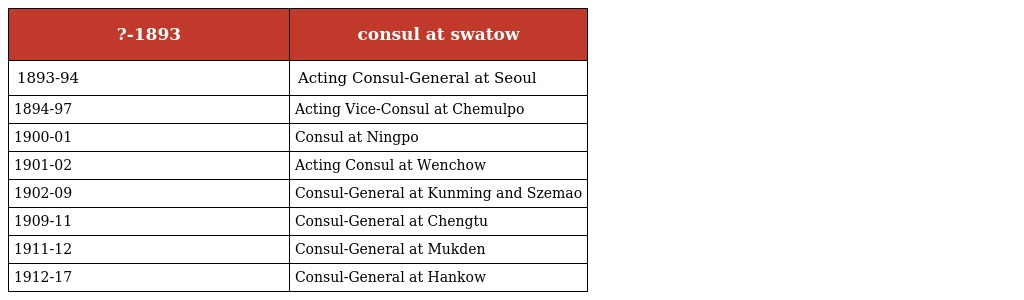
| ?-1893 | consul at swatow |
 | --- | --- |
 | 1893-94 | Acting Consul-General at Seoul |
 | 1894-97 | Acting Vice-Consul at Chemulpo |
 | 1900-01 | Consul at Ningpo |
 | 1901-02 | Acting Consul at Wenchow |
 | 1902-09 | Consul-General at Kunming and Szemao |
 | 1909-11 | Consul-General at Chengtu |
 | 1911-12 | Consul-General at Mukden |
 | 1912-17 | Consul-General at Hankow |